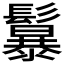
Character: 𩯱